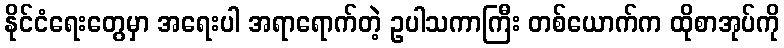
နိုင်ငံရေးတွေမှာ အရေးပါ အရာရောက်တဲ့ ဥပါသကာကြီး တစ်ယောက်က ထိုစာအုပ်ကို